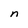
Character: n